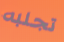
تجلبه